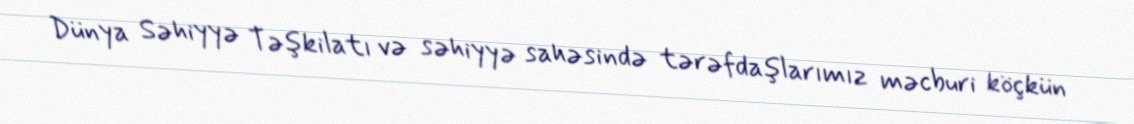
Dünya Səhiyyə Təşkilatı və səhiyyə sahəsində tərəfdaşlarımız məcburi köçkün